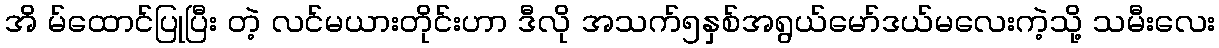
အိ မ်ထောင်ပြုပြီး တဲ့ လင်မယားတိုင်းဟာ ဒီလို အသက်၅နှစ်အရွယ်မော်ဒယ်မလေးကဲ့သို့ သမီးလေး